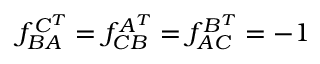
f _ { B A } ^ { C ^ { T } } = f _ { C B } ^ { A ^ { T } } = f _ { A C } ^ { B ^ { T } } = - 1